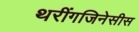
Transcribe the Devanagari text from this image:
थरींगजिनेसीस